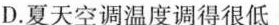
D.夏天空调温度调得很低